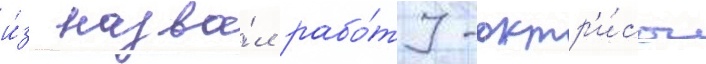
и́з назва́л рабо́ту актр'и́сы